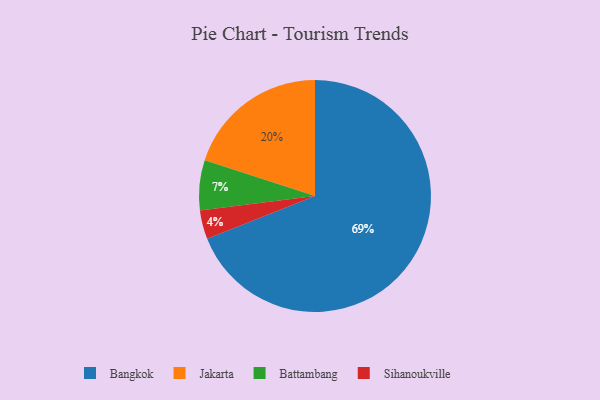
{"axis": {"x": "Category", "y": "Percentage"}, "legend": ["Bangkok", "Battambang", "Jakarta", "Sihanoukville"], "data": [{"x": "Sihanoukville", "y": 4, "type": "Sihanoukville"}, {"x": "Battambang", "y": 7, "type": "Battambang"}, {"x": "Bangkok", "y": 69, "type": "Bangkok"}, {"x": "Jakarta", "y": 20, "type": "Jakarta"}]}